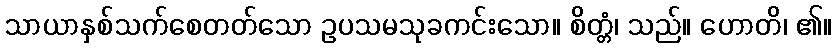
သာယာနှစ်သက်စေတတ်သော ဥပသမသုခကင်းသော။ စိတ္တံ၊ သည်။ ဟောတိ၊ ၏။